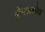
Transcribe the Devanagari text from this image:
बोगज़कोइ